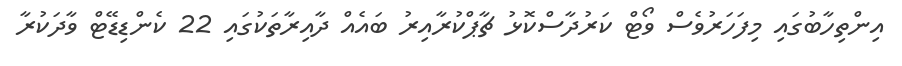
އިންތިހާބުގައި މިފަހަރުވެސް ވޯޓް ކަރުދާސްކޮޅު ޗާޕްކުރާއިރު ބައެއް ދާއިރާތަކުގައި 22 ކެންޑިޑޭޓް ވާދަކުރާ